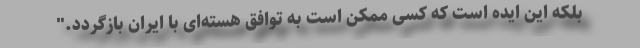
بلکه این ایده است که کسی ممکن است به توافق هسته‌‌ای با ایران بازگردد."